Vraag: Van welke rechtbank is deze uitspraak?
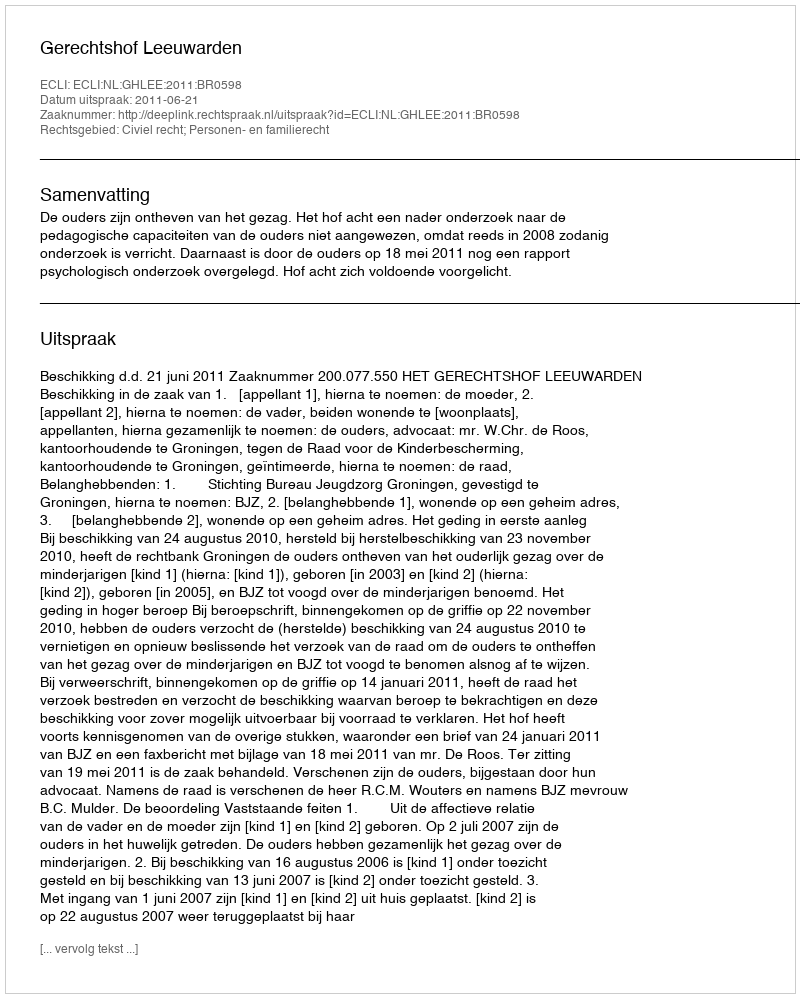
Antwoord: Gerechtshof Leeuwarden